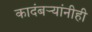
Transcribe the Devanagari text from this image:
कादंबर्‍यांनीही